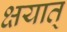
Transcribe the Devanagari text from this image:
क्षयात्